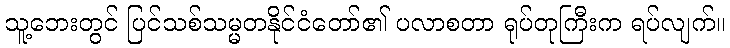
သူ့ဘေးတွင် ပြင်သစ်သမ္မတနိုင်ငံတော်၏ ပလာစတာ ရုပ်တုကြီးက ရပ်လျက်။